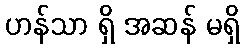
ဟန်သာ ရှိ အဆန် မရှိ